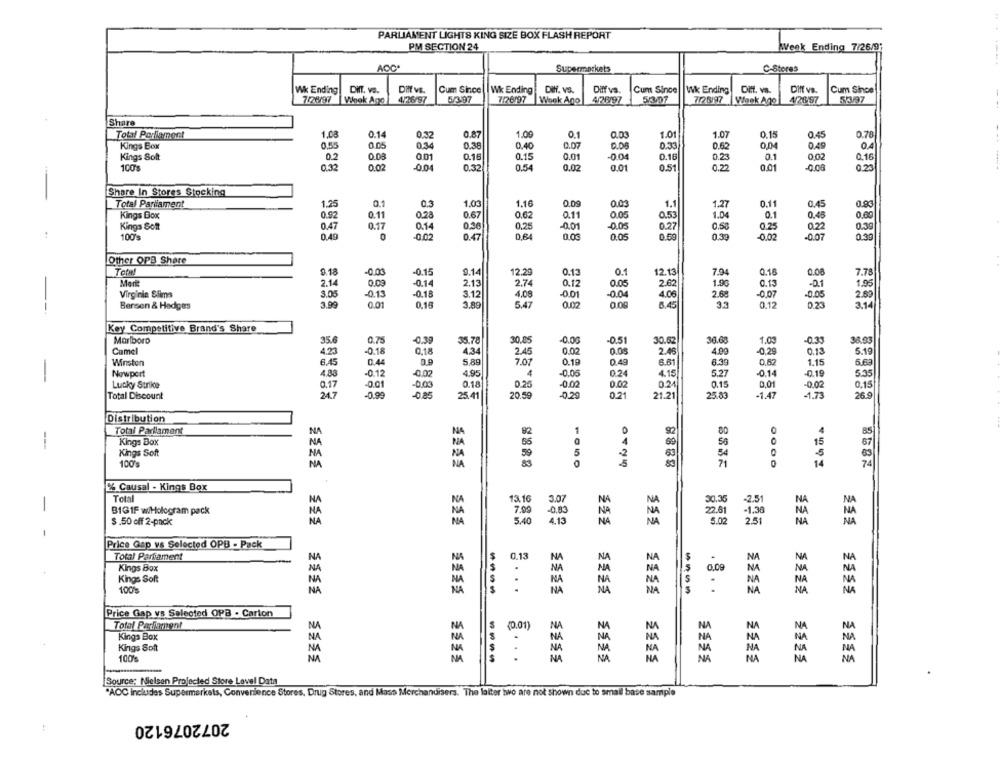
PARLIAMENT LIGHTS KING SIZE BOX FLASH REPORT
PM SECTION 24
Week Ending 7/26/91
AOC*
Supermarkets
C-Stores
Wk Ending
DinT. vs.
Dift vs.
Cum Since
Wk Ending
Diff. vS.
Diff vs.
Cum Since
Wk Ending Diff. va.
Dift vs.
Cum Since
7/26/97
Whok Ago
4/26/97
5/3-07
7/26/97
Week Ago
4/26/97
53.07
7/26/97 Week Ago
4/26 97
52/97
Share
Total Parlament
1.08
0.14
0.32
0.87
1.00
0.1
0.03
1.01
1.07
0.15
0.45
0.78
Kings Box
0.55
0.05
0.34
0.38
0.40
0.07
0.08
0.33
0.62
0,04
0.49
0.4
Kings Soft
0.2
0.03
0.01
0.16
0.15
0.01
-0.04
0.16
0.23
0.1
0.02
0.16
100's
0.32
0.02
-0.04
0.32
0.54
0.02
0.01
0.51
0.22
0.01
-0.00
0.25
Share In Stores Stocking
Total Parliament
1.25
0.3
1.03
1.16
0.09
0.03
1.
1.27
0.11
0.45
0.83
0.92
0.11
0.67
0.05
0.53
1.04
0.1
0.45
0.00
Kings Box
028
0.62
0.11
Kings Soft
0.47
0.17
0.14
0,36
0,25
-0.01
-0.05
0.27
0,53
0.25
02
0.39
100%
0.49
0
-0.02
0.47
0,64
0.00
0.05
0.69
0.33
-0.02
-0.07
0.30
Other OPB Share
9.18
-0.0
-0.15
9.14
12.29
0.12
0.1
12.13
7.94
0,18
0.08
7.78
Marie
2.14
0.09
0.14
2.13
2.74
0.12
0.05
2.62
1.90
0.13
-0.1
1.95
Virginia Slima
3.05
-0.13
-0.18
3.12
4.08
-0.01
-0.04
4.06
2.68
-0.07
-0.05
2.60
Bersen & Hedges
3.99
0.01
0.16
3,89
5.47
0.05
6.45
3.3
0.12
3.14
Key Competitive Brand's Share
Marlboro
35.6
0.75
-0.39
35.78
30.85
-0.00
-0.51
30.62
30.60
1.00
-0.39
38.93
Camel
-0.18
0,18
4.34
2.45
0.02
0.08
2.46
-0,29
0.13
5.19
4.23
Winston
6.45
0.44
5 89
7.07
0.19
0.49
6.61
6.39
0,87
1.15
5.62
-
Newport
4.88
-0.12
-0.02
4.95
-0.06
024
4.15
5.27
-0.14
-0.19
5.35
Lucky Strike
0.17
-0.01
-0,03
0.18
0,25
-0.02
0.02
0.15
0.01
-0.02
0,15
Total Discount
24.7
-0.99
-0.85
25.41
20.59
-0.29
0.21
21.21
25.83
-1.47
1.73
26.9
Distribution
Total Parliament
NA
82
1
4
Kings Box
NA
55
0
15
---
5
Kings Soft
NA
NA
59
-5
100's
NA
0
8888
% Causal - Kings Box
Total
NA
NA
13.16
8.07
30,35
-2.5
NA
-
B161F w/Hologram pack
NA
NA
NA
NA
7.00
NA
2.61
-1.30
$.50 off 2-pack
NA
5.40
5.02
2.51
NA
-
Price Gap vs Selected OPB - Pack
Total Parlament
NA
NA
NA
NA
$
NA
Kings Box
NA
NA
NA
0,09
NA
NA
Kings Soft
NA
NA
S
NA
NA
NA
NA
.
100%
NA
NA
. . ..
NA
SSES
NA
NA
Price Gap vs Selected OPB - Carion
Total Parlament
NA
N
NA
N
NA
NA
N
N
Kings Box
NA
NA
NA
Kings Soft
NA
NA
NA
NA
NA
NA
NA
NA
HA
NA
NA
100%
----
. ...
NA
Source: Nielsen Projected Store Level Data
"AOC includes Supermarkets, Convenience Stores, Drug Stores, and Mass Merchandisers. The latter two are not shown due to small base sample
2072076120
: